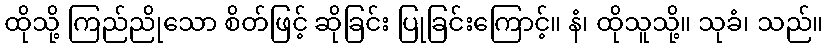
ထိုသို့ ကြည်ညိုသော စိတ်ဖြင့် ဆိုခြင်း ပြုခြင်းကြောင့်။ နံ၊ ထိုသူသို့။ သုခံ၊ သည်။